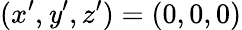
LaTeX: (x^{\prime},\mathit{y}^{\prime},z^{\prime})=(0,0,0)